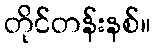
တိုင်တန်းနစ်။